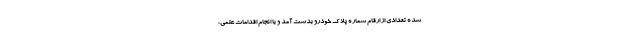
شده تعدادی از ارقام شماره پلاک خودرو بدست آمد و با انجام اقدامات علمی،